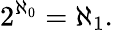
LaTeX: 2^{\aleph_{0}}=\aleph_{1}.